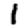
Digit: 1